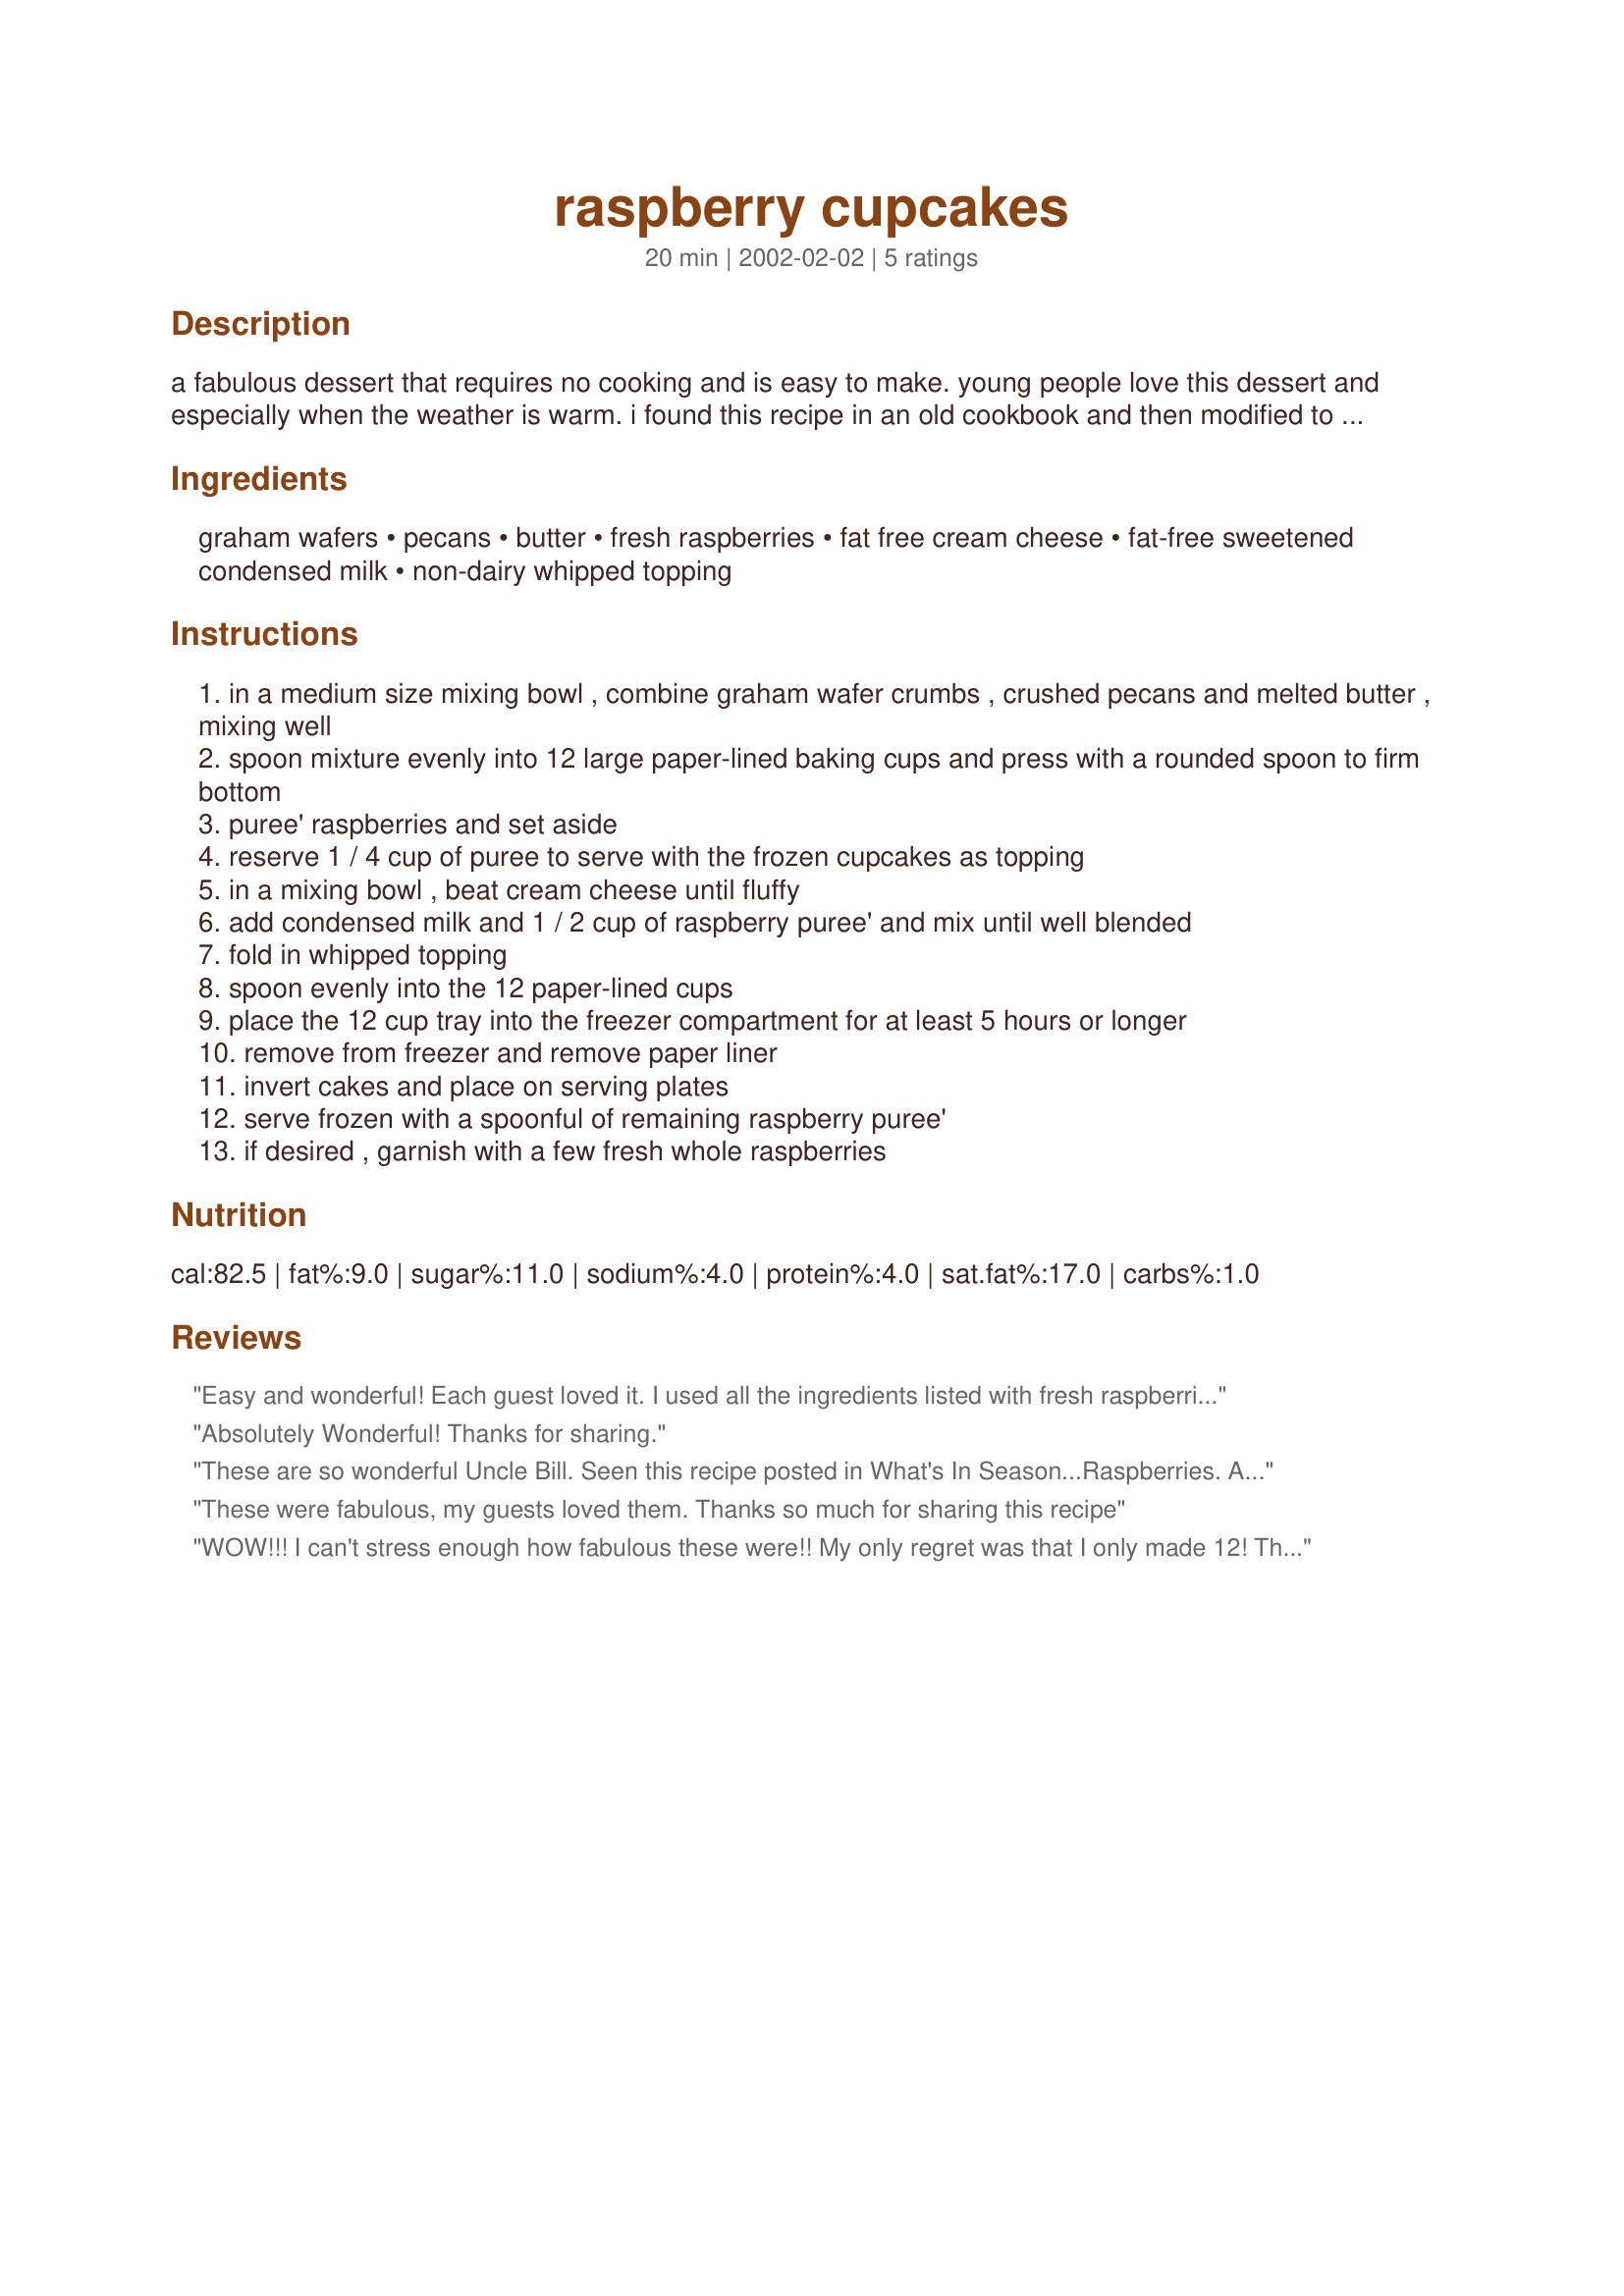
raspberry cupcakes
Preparation time: 20 minutes

a fabulous dessert that requires no cooking and is easy to make. young people love this dessert and especially when the weather is warm. i found this recipe in an old cookbook and then modified to the new products that we have today to make them tastier.

Ingredients:
graham wafers, pecans, butter, fresh raspberries, fat free cream cheese, fat-free sweetened condensed milk, non-dairy whipped topping

Steps:
in a medium size mixing bowl , combine graham wafer crumbs , crushed pecans and melted butter , mixing well
spoon mixture evenly into 12 large paper-lined baking cups and press with a rounded spoon to firm bottom
puree' raspberries and set aside
reserve 1 / 4 cup of puree to serve with the frozen cupcakes as topping
in a mixing bowl , beat cream cheese until fluffy
add condensed milk and 1 / 2 cup of raspberry puree' and mix until well blended
fold in whipped topping
spoon evenly into the 12 paper-lined cups
place the 12 cup tray into the freezer compartment for at least 5 hours or longer
remove from freezer and remove paper liner
invert cakes and place on serving plates
serve frozen with a spoonful of remaining raspberry puree'
if desired , garnish with a few fresh whole raspberries

Reviews:
Easy and wonderful! Each guest loved it. I used all the ingredients listed with fresh raspberries and thoroughly enjoyed it. Will use it again, soon!
Absolutely Wonderful!
Thanks for sharing.
These are so wonderful Uncle Bill. Seen this recipe posted in What's In Season...Raspberries. After reading the recipe and having just the right amount of fresh red raspberries on hand...(my favorite fruit) I had to give this a go. Fantastic. After freezing I stuck them in the fridge for a few hours to soften a bit for serving at supper time. As I didn't have fat-free products in the house, I used full-fat. Sinful..I know, but oh so good. thanks for a go-to recipe that would be great with any type of berry fruit:-) Can't wait to try this out using blueberries. DH's favorite.
These were fabulous, my guests loved them. Thanks so much for sharing this recipe
WOW!!! I can't stress enough how fabulous these were!! My only regret was that I only made 12! This was the best tasting and best looking dessert I ever made! The only thing I changed was adding a little much needed water to the raspberries for the topping before blending. And I added much more butter to the crust.Thanks so much for posting this! I can't wait to make this again!! Note: Don't send your husband to the store to get the ingredients...he'll get the wrong stuff!
